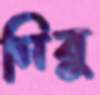
নিবু